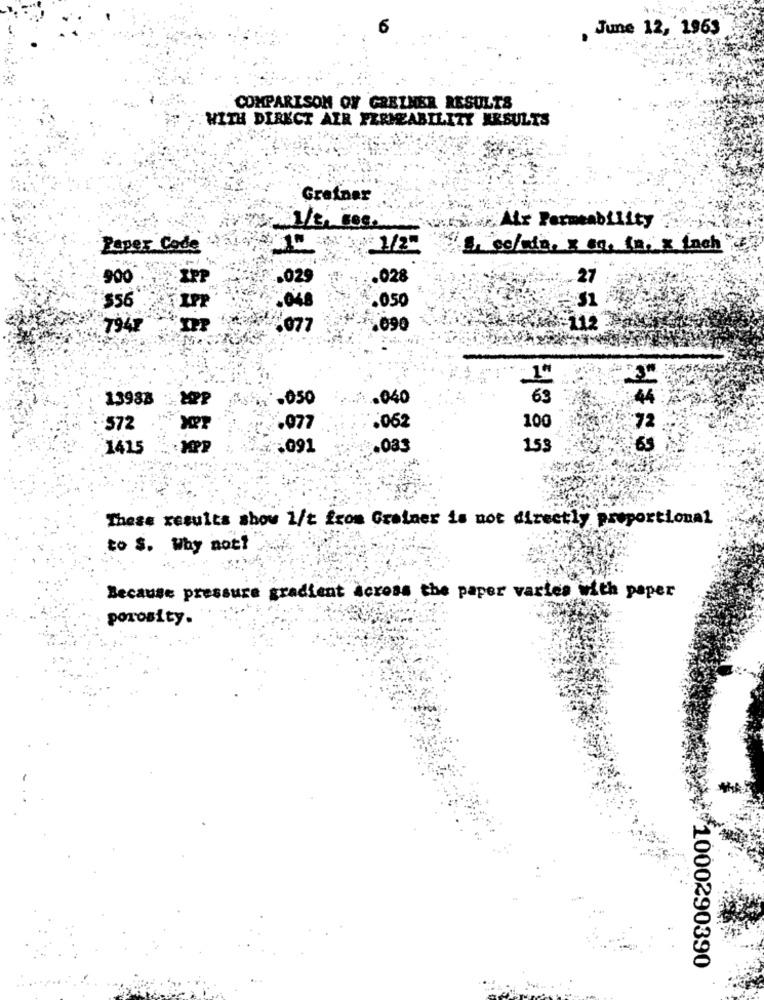
6
June 12, 1953
COMPARISON OF GREZHER RESULTS
WITH DIRECT AIR FERMEABILITY ARSULTS
Greiner
Air Permeability
Paper Code
1/2"
. co/win, x 60. (n. x fach
900
02
.028
27
31
$56
.050
1949
07
1090
13988
·050
.040
72
.077
.062
100
1415
.091
.083
153
65
These results show 1/t from Greiner is not directly proportional
to S. Why not?
Because pressure gradient across the paper varies with paper
porosity.
1000290390